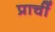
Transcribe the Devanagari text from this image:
प्राचीं